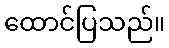
ထောင်ပြသည်။